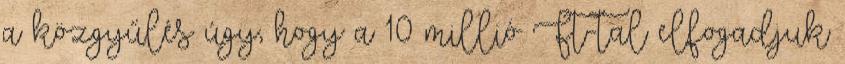
a közgyűlés úgy, hogy a 10 millió Ft-tal elfogadjuk